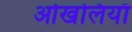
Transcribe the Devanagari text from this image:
ओखलियाँ